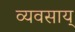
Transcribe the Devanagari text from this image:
व्यवसाय्